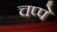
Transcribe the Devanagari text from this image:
चप्पे